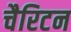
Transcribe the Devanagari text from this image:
चैरिटन